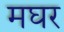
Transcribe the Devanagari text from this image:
मघर